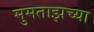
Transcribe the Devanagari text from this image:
मुमताझच्या